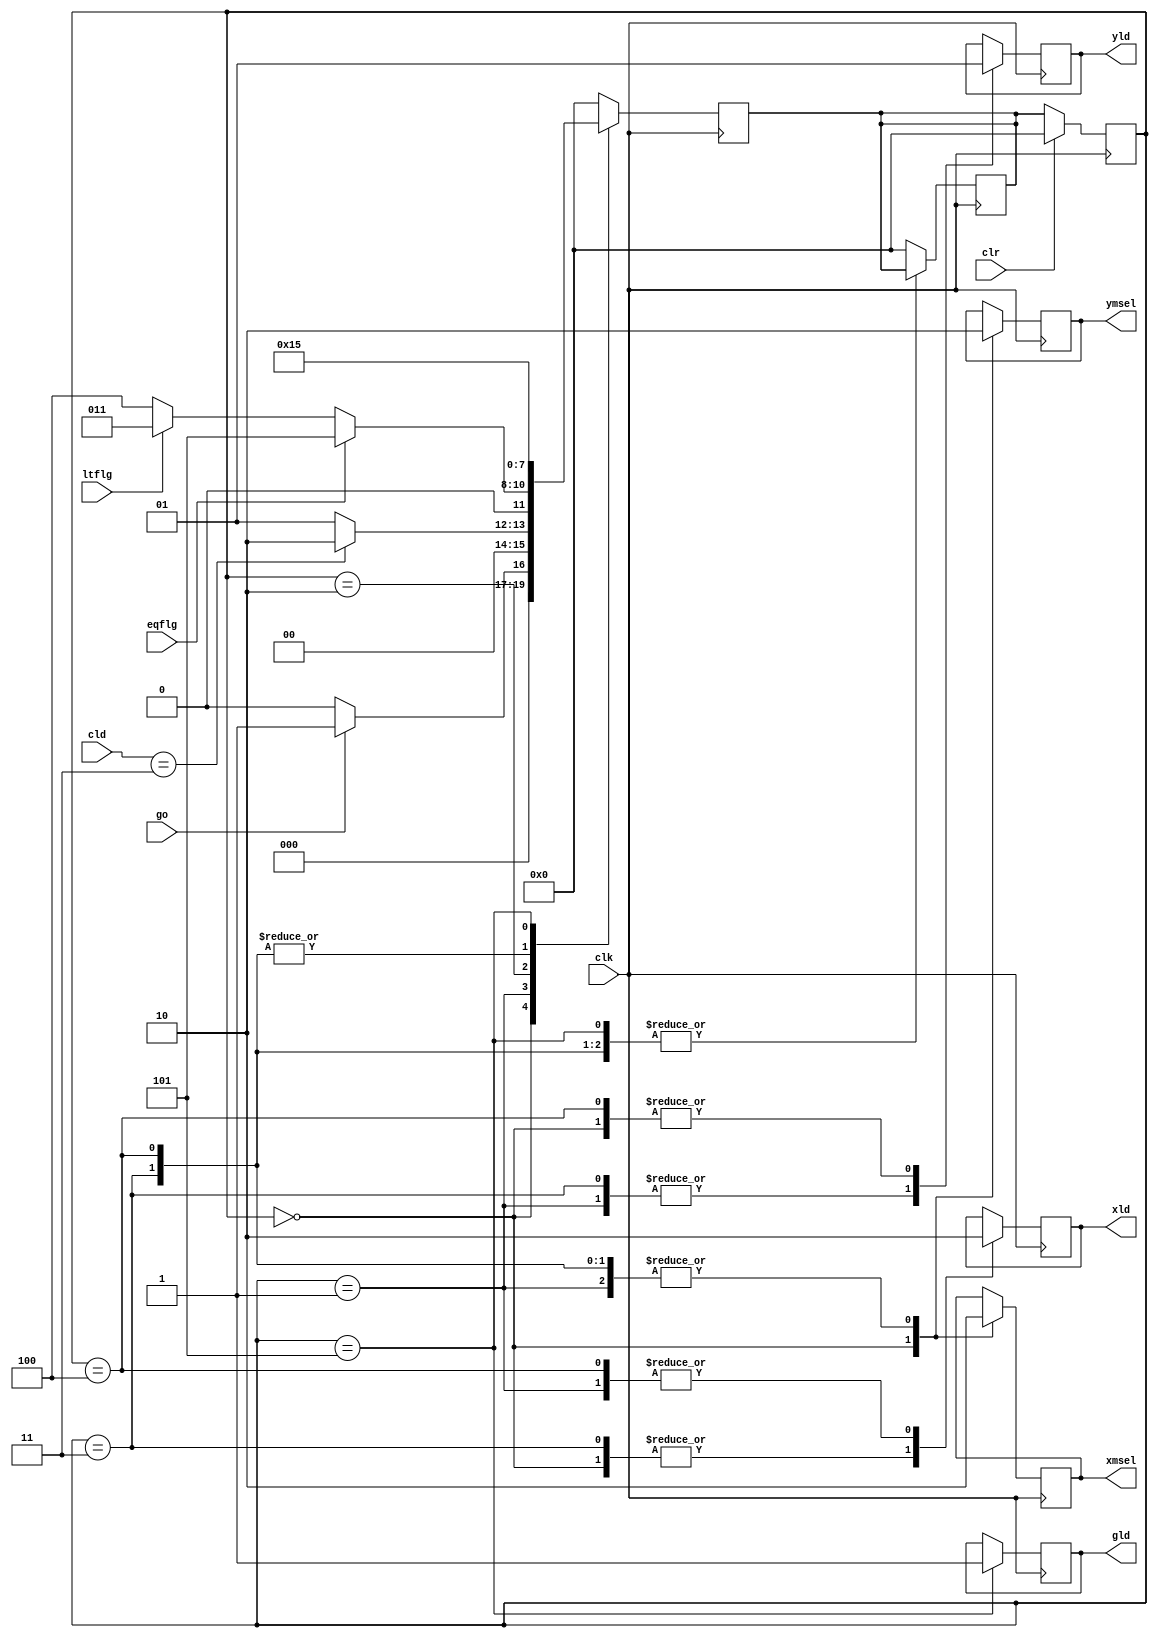
`timescale 1ns / 1ps
//////////////////////////////////////////////////////////////////////////////////
// Company: 
// Engineer: 
// 
// Design Name: 
// Module Name: control
// Project Name: 
// Target Devices: 
// Tool Versions: 
// Description: 
// 
// Dependencies: 
// 
// Revision:
// Revision 0.01 - File Created
// Additional Comments:
// 
//////////////////////////////////////////////////////////////////////////////////


module control(
    input clk,
	input clr,
	input go,
	input eqflg,
	input ltflg,
	input [1:0] cld,
	output reg xld,
	output reg yld,
	output reg xmsel,
	output reg ymsel,
	output reg gld);

reg [3:0] current_state, next_state;
parameter start = 3'b000,
           input1 = 3'b001, 
           compare = 3'b010, 
           calculator1 = 3'b011, 
           calculator2 = 3'b100, 
           done = 3'b101;

always @(posedge clk) begin
	    if(clr) 
	        current_state <= start;
	    else
	        current_state <= next_state;
	    end
	        
always @(posedge clk) begin 
		case(current_state)
		    start:
		        if(go == 1)
					next_state <= input1;
				else
				    next_state <= start;
			input1:begin
			    if(cld == 3)
				    next_state <= compare;
				else
				    next_state <= input1;
				    end
			compare: 
			    if(eqflg == 1)
					next_state <= done;
		        else if(ltflg == 1)
				    next_state <= calculator1;
				else if(ltflg == 0)
				    next_state <= calculator2;
			calculator1:
				next_state <= input1;
		    calculator2:
				next_state <= input1;
			done: 
				next_state <= done;
			default:
				next_state = start;
		endcase
	end
	
always @(posedge clk) begin 
		case(current_state)
		    start:begin
			$display("star");
			    xmsel <= 1;
			    ymsel <= 1; 
			    xld <= 1;
			    yld <= 1; 
				end
			input1:begin
			$display("in1,%d",cld);
			    xmsel <= 0;
			    ymsel <= 0; 
			    xld <= 0;
			    yld <= 0; 
				end
			compare: begin
			$display("com");
				end
			calculator1: begin
			$display("c1");
			    xmsel <= 0;
			    ymsel <= 0; 
			    xld <= 1;
			    yld <= 0; 
				end
			calculator2: begin
			$display("c2");
			    xmsel <= 0;
			    ymsel <= 0; 
			    xld <= 0;
			    yld <= 1; 
				end
			done: begin
			$display("done");
			    gld <= 1;
				end
			default:
				next_state = start;
		endcase
	end
	
endmodule